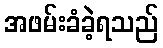
အဖမ်းခံခဲ့ရသည်